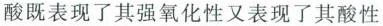
酸既表现了其强氧化性又表现了其酸性